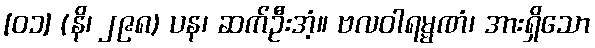
[၀၁] (နိ၊ ၂၉၈) ပန၊ ဆက်ဦးအံ့။ ဗလဝါရမ္မဏံ၊ အားရှိသော